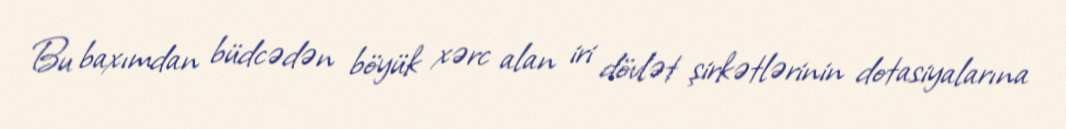
Bu baxımdan büdcədən böyük xərc alan iri dövlət şirkətlərinin dotasiyalarına